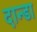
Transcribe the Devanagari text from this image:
दान्डा